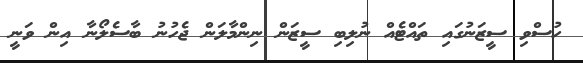
ހުސްވި ސީޒަނުގައި ތައްޓެއް ނުލިބި ސީޒަން ނިންމާލަން ޖެހުނު ބާސެލޯނާ އިން ވަނީ